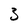
Character: 3